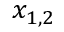
x _ { 1 , 2 }